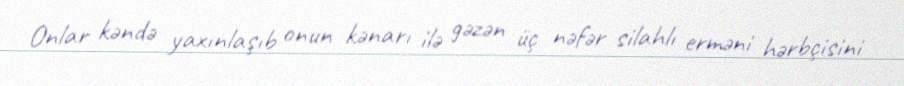
Onlar kəndə yaxınlaşıb onun kənarı ilə gəzən üç nəfər silahlı erməni hərbçisini